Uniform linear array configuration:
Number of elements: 8
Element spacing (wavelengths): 0.25
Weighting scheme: blackman
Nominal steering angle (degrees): -30
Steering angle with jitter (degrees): -30.451
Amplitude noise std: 0.05
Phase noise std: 0.05

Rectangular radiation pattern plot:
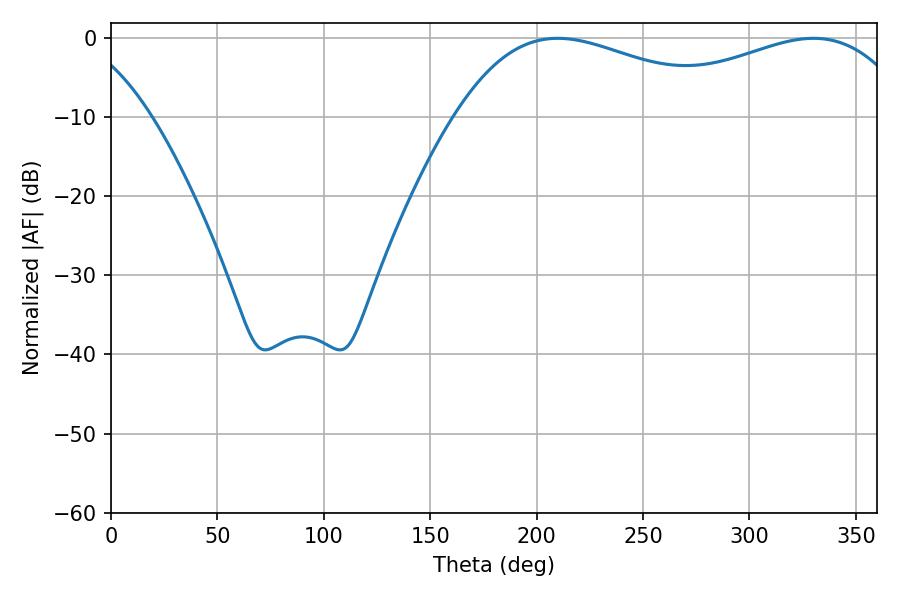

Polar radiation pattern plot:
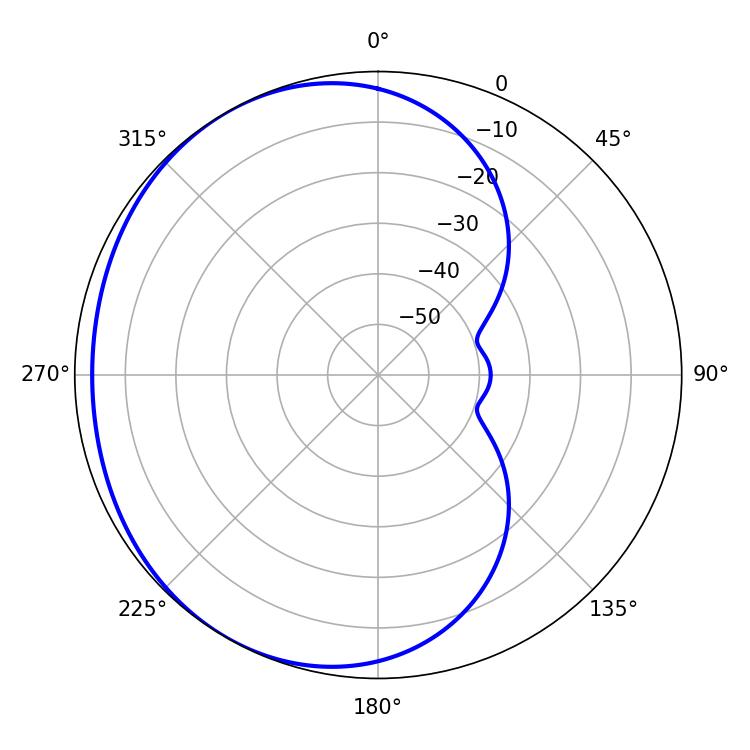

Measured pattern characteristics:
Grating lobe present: FALSE
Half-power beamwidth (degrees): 73.44
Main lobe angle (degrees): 209.88